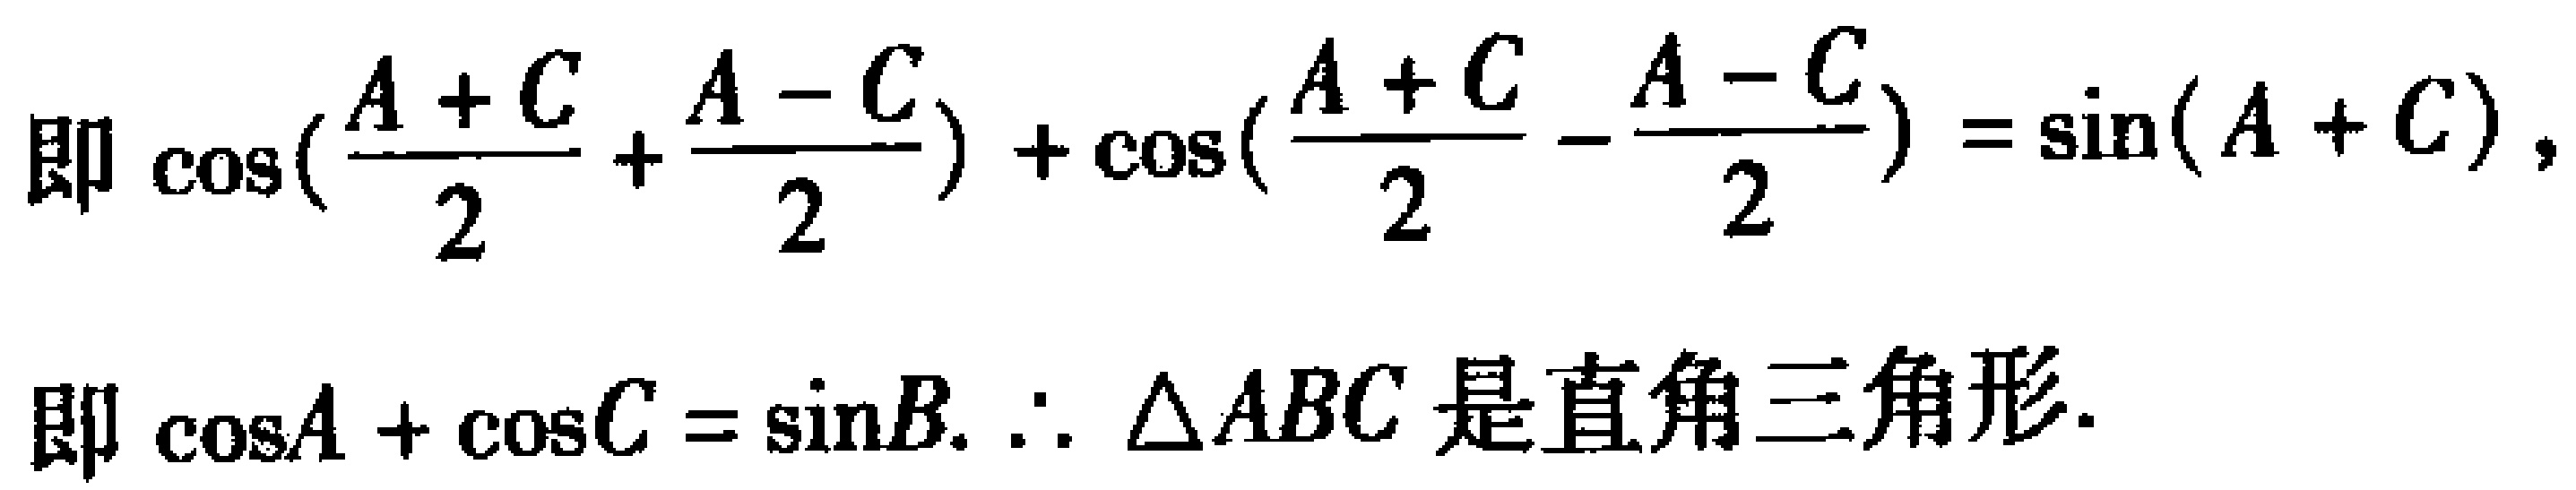
即\(\cos(\frac{A + C}{2}+\frac{A - C}{2})+\cos(\frac{A + C}{2}-\frac{A - C}{2})=\sin(A + C)\)，
即\(\cos A+\cos C=\sin B.\therefore \triangle ABC\)是直角三角形.